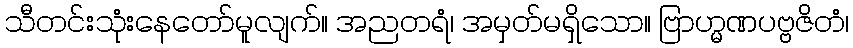
သီတင်းသုံးနေတော်မူလျက်။ အညတရံ၊ အမှတ်မရှိသော။ ဗြာဟ္မဏပဗ္ဗဇိတံ၊